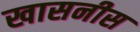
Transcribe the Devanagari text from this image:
खासनीस